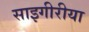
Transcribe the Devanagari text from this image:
साइगीरीया